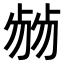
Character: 𠨂